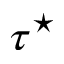
\tau ^ { \star }